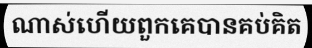
ណាស់ហើយពួកគេបានគប់គិត